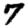
Digit: 7